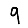
Digit: 9